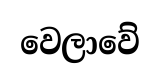
වෙලාවේ